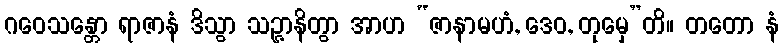
ဂဝေသန္တော ရာဇာနံ ဒိသွာ သဉ္ဇာနိတွာ အာဟ “ဇာနာမဟံ, ဒေဝ, တုမှေ”တိ။ တတော နံ